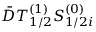
\bar { D } T _ { 1 / 2 } ^ { ( 1 ) } S _ { 1 / 2 i } ^ { ( 0 ) }